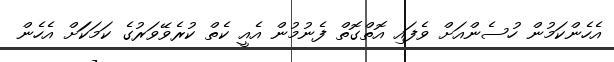
އެހެންކަމުން ހުސެންއަށް ވެފައި އޮތްގޮތް ފެނުމުން އެއީ ކެތް ކުރެވޭވަރުގެ ކަމަކަަށް އެހެން